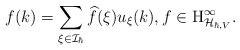
LaTeX: \begin{align*}f(k)=\sum_{\xi \in \mathcal{I}_{\hbar}} \widehat{f}(\xi) u_{\xi}(k), f \in \mathrm{H}^{\infty}_{\mathcal{H}_{\hbar,V}}.\end{align*}